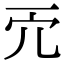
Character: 𠑺